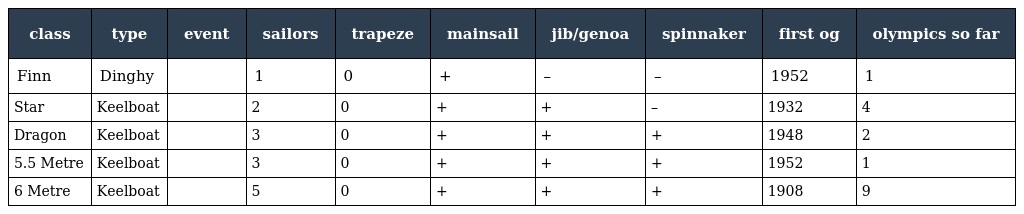
| class | type | event | sailors | trapeze | mainsail | jib/genoa | spinnaker | first og | olympics so far |
 | --- | --- | --- | --- | --- | --- | --- | --- | --- | --- |
 | Finn | Dinghy |  | 1 | 0 | + | – | – | 1952 | 1 |
 | Star | Keelboat |  | 2 | 0 | + | + | – | 1932 | 4 |
 | Dragon | Keelboat |  | 3 | 0 | + | + | + | 1948 | 2 |
 | 5.5 Metre | Keelboat |  | 3 | 0 | + | + | + | 1952 | 1 |
 | 6 Metre | Keelboat |  | 5 | 0 | + | + | + | 1908 | 9 |